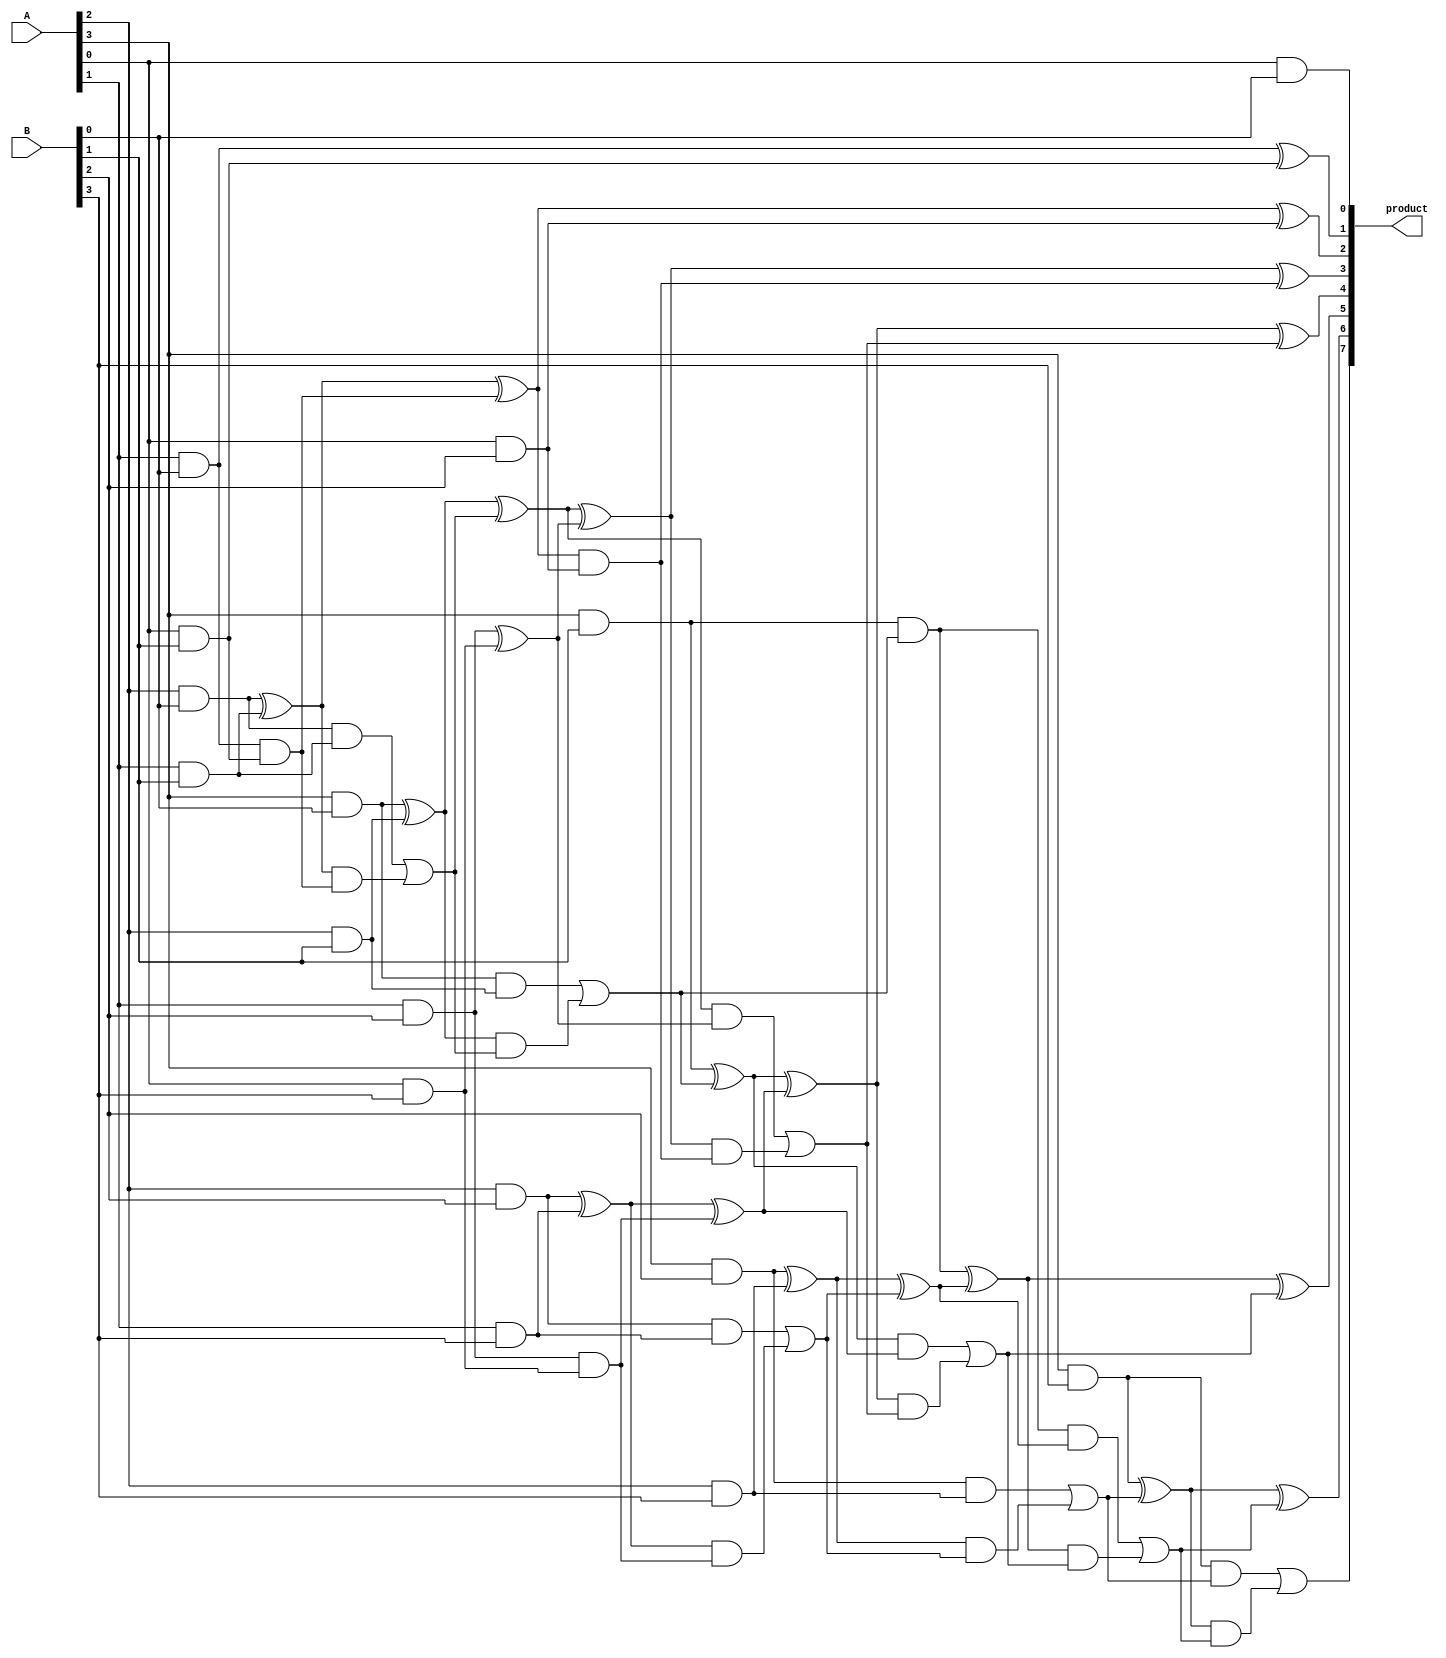
module dadda_unsigned_multiplier_CLA_Reduced_4(product, A, B);
    /* This implementation uses a 5-Bit CLA adder for the final stage */
    input [3:0] A, B;
    output [7:0] product;

    wire [3:0] pp0, pp1, pp2, pp3;

    and AND01(pp0[0], A[0], B[0]);
    and AND02(pp0[1], A[1], B[0]);
    and AND03(pp0[2], A[2], B[0]);
    and AND04(pp0[3], A[3], B[0]);
    and AND05(pp1[0], A[0], B[1]);
    and AND06(pp1[1], A[1], B[1]);
    and AND07(pp1[2], A[2], B[1]);
    and AND08(pp1[3], A[3], B[1]);
    and AND09(pp2[0], A[0], B[2]);
    and AND10(pp2[1], A[1], B[2]);
    and AND11(pp2[2], A[2], B[2]);
    and AND12(pp2[3], A[3], B[2]);
    and AND13(pp3[0], A[0], B[3]);
    and AND14(pp3[1], A[1], B[3]);
    and AND15(pp3[2], A[2], B[3]);
    and AND16(pp3[3], A[3], B[3]);

    assign product[0] = pp0[0];

    /*  First Carry Look-Ahead Adder */
    wire [3:0] G1; /* Generate */
    wire [3:0] P1; /* Propagate */
    wire [3:0] C1; /* Carry */
    assign G1[0] = pp0[1] & pp1[0];
    assign G1[1] = pp0[2] & pp1[1];
    assign G1[2] = pp0[3] & pp1[2];
    /*assign G[3] = 0      & pp1[3]; */
    assign P1[0] = pp0[1] ^ pp1[0];
    assign P1[1] = pp0[2] ^ pp1[1];
    assign P1[2] = pp0[3] ^ pp1[2];
    assign P1[3] = pp1[3]; //0      ^ pp1[3];
    /*assign C[0] = 0; */
    assign C1[1] = G1[0];
    assign C1[2] = G1[1] | (P1[1] & C1[1]);
    assign C1[3] = G1[2] | (P1[2] & C1[2]);
    assign c1    = P1[3] & C1[3]; //G[3] | (P[3] & C[3]);
    assign s1    = P1[0];
    assign s2    = P1[1] ^ C1[1];
    assign s3    = P1[2] ^ C1[2];
    assign s4    = P1[3] ^ C1[3];

    /* Second Carry Look-Ahead Adder */
    wire [2:0] G2; /* Generate */
    wire [2:0] P2; /* Propagate */
    wire [2:0] C2; /* Carry */
    assign G2[0] = pp2[1] & pp3[0];
    assign G2[1] = pp2[2] & pp3[1];
    assign G2[2] = pp2[3] & pp3[2];
    assign P2[0] = pp2[1] ^ pp3[0];
    assign P2[1] = pp2[2] ^ pp3[1];
    assign P2[2] = pp2[3] ^ pp3[2];
    /*assign C[0] = 0; */
    assign C2[1] = G2[0];
    assign C2[2] = G2[1] | (P2[1] & C2[1]);
    assign c2    = G2[2] | (P2[2] & C2[2]);
    assign s5    = P2[0];
    assign s6    = P2[1] ^ C2[1];
    assign s7    = P2[2] ^ C2[2];

    /* Final Stage of Carry Look-Ahead Adder */
    assign product[1] = s1;
    wire [4:0] G; /* Generate */
    wire [4:0] P; /* Propagate */
    wire [4:0] C; /* Carry */
    assign G[0] = s2     & pp2[0];
    assign G[1] = s3     & s5;
    assign G[2] = s4     & s6;
    assign G[3] = c1     & s7;
    assign G[4] = pp3[3] & c2;
    assign P[0] = s2     ^ pp2[0];
    assign P[1] = s3     ^ s5;
    assign P[2] = s4     ^ s6;
    assign P[3] = c1     ^ s7;
    assign P[4] = pp3[3] ^ c2;
    /*assign C[0] = 0; */
    assign C[1] = G[0];
    assign C[2] = G[1] | (P[1] & C[1]);
    assign C[3] = G[2] | (P[2] & C[2]);
    assign C[4] = G[3] | (P[3] & C[3]);
    assign product[7] = G[4] | (P[4] & C[4]);
    assign product[2] = P[0];
    assign product[3] = P[1] ^ C[1];
    assign product[4] = P[2] ^ C[2];
    assign product[5] = P[3] ^ C[3];
    assign product[6] = P[4] ^ C[4];
endmodule

module half_adder(output wire sum,
                  output wire cout,
                  input wire in1,
                  input wire in2);
    xor(sum, in1, in2);
    and(cout, in1, in2);
endmodule

module full_adder(output wire sum,
                  output wire cout,
                  input wire in1,
                  input wire in2,
                  input wire cin);
    wire temp1;
    wire temp2;
    wire temp3;
    xor(sum, in1, in2, cin);
    and(temp1,in1,in2);
    and(temp2,in1,cin);
    and(temp3,in2,cin);
    or(cout,temp1,temp2,temp3);
endmodule